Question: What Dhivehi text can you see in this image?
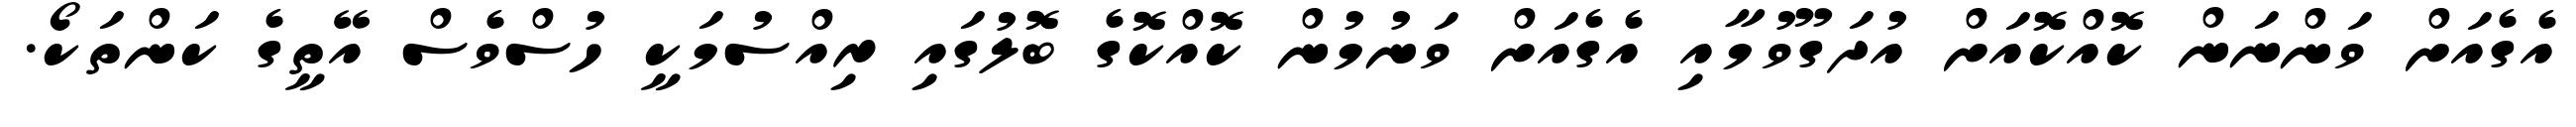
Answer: އެގެއަށް ވަންނަން ކޮއްކޮއަށް އުދަގޫވުމާއި އެގެއަށް ވަނުމުން ކޮއްކޮގެ ބޮލުގައި ރިއްސުމަކީ ހުސްވެސް އޭތީގެ ކަންތަކޯ.